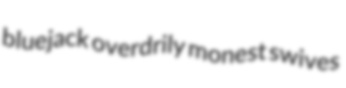
bluejack overdrily monest swives